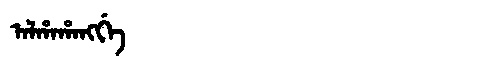
Manchu: ᠠᠯᡥᠠᡥᠠᠩᡤᡝ
Romanization: ALHAHANGGE